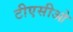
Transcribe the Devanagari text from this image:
टीएसीओ